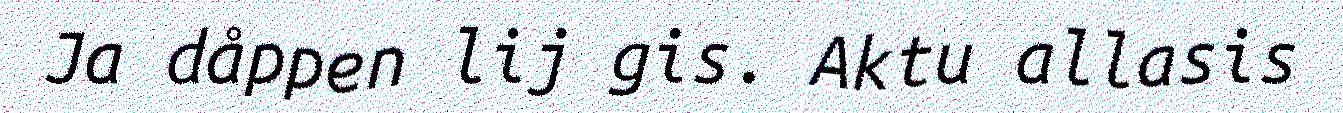
Ja dåppen lij gis. Aktu allasis